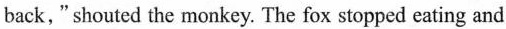
back,"shouted the monkey. The fox stopped eating and